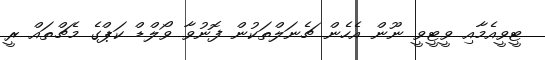
ޓީވީއެމާއި ވީޓީވީ ނޫން އެހެން ޗެނަލްތަކުން ފޮނުވާ ވޯލްޑް ކަޕްގެ މެޗްތައް ރީ